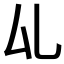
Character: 𠫖